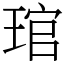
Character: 琯